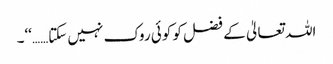
اللہ تعالیٰ کے فضل کو کوئی روک نہیں سکتا……‘‘۔